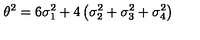
\theta ^ { 2 } = 6 \sigma _ { 1 } ^ { 2 } + 4 \left( \sigma _ { 2 } ^ { 2 } + \sigma _ { 3 } ^ { 2 } + \sigma _ { 4 } ^ { 2 } \right)